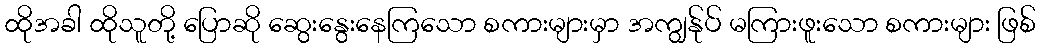
ထိုအခါ ထိုသူတို့ ပြောဆို ဆွေးနွေးနေကြသော စကားများမှာ အကျွန်ုပ် မကြားဖူးသော စကားများ ဖြစ်